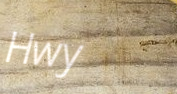
Hwy